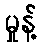
မှုန့်